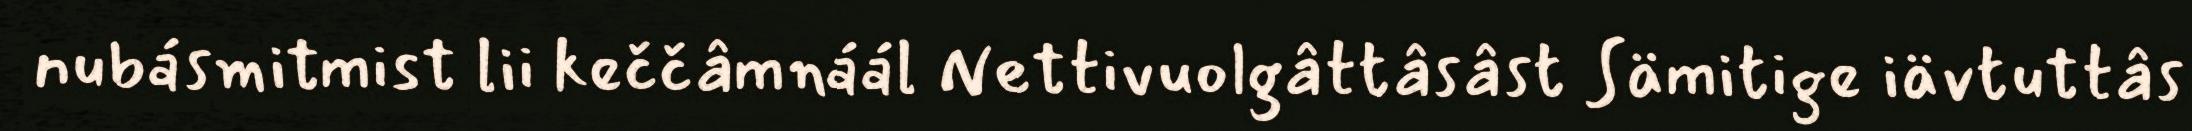
nubásmitmist lii keččâmnáál Nettivuolgâttâsâst Sämitige iävtuttâs